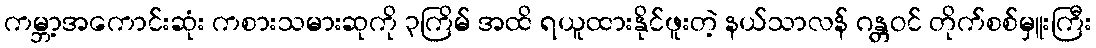
ကမ္ဘာ့အကောင်းဆုံး ကစားသမားဆုကို ၃ကြိမ် အထိ ရယူထားနိုင်ဖူးတဲ့ နယ်သာလန် ဂန္တဝင် တိုက်စစ်မှူးကြီး